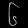
Digit: ၆